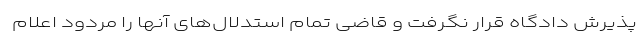
پذیرش دادگاه قرار نگرفت و قاضی تمام استدلال‌های آنها را مردود اعلام